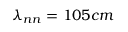
\lambda _ { n n } = 1 0 5 c m